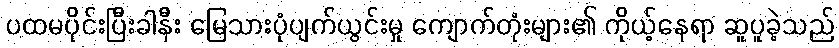
ပထမပိုင်းပြီးခါနီး မြေသားပုံပျက်ယွင်းမှု ကျောက်တုံးများ၏ ကိုယ့်နေရာ ဆူပူခဲ့သည်